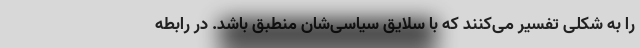
را به شکلی تفسیر می‌کنند که با سلایق سیاسی‌شان منطبق باشد. در رابطه